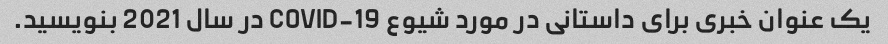
یک عنوان خبری برای داستانی در مورد شیوع COVID-19 در سال 2021 بنویسید.